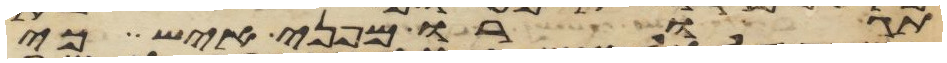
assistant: תגורו מפני איש כי